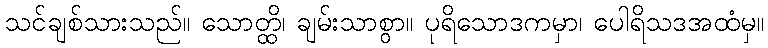
သင်ချစ်သားသည်။ သောတ္ထိ၊ ချမ်းသာစွာ။ ပုရိသောဒကမှာ၊ ပေါရိသဒအထံမှ။